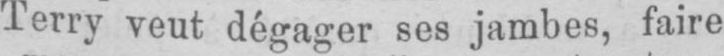
Terry veut dégager ses jambes, faire